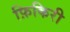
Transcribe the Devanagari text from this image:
फ़िकिरी